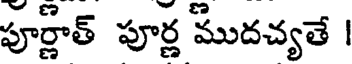
పూర్ణాత్ పూర్ణ ముదచ్యతే |